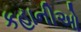
કહાનીઓ